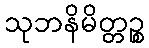
သုဘနိမိတ္တဉ္စ